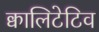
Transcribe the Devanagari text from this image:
क्वालिटेटिव